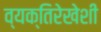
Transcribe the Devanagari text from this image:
व्यक्तिरेखेशी